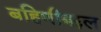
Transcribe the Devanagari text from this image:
बहिणीबद्दल